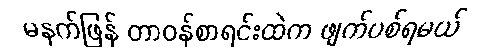
မနက်ဖြန် တာဝန်စာရင်းထဲက ဖျက်ပစ်ရမယ်